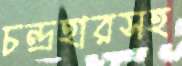
চন্দ্রহারসহ